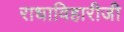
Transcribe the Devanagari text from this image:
राधाविहारीजी